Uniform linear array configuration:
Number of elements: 16
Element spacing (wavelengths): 0.5
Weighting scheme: hann
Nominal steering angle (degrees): -45
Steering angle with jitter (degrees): -45.509
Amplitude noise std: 0.05
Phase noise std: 0.05

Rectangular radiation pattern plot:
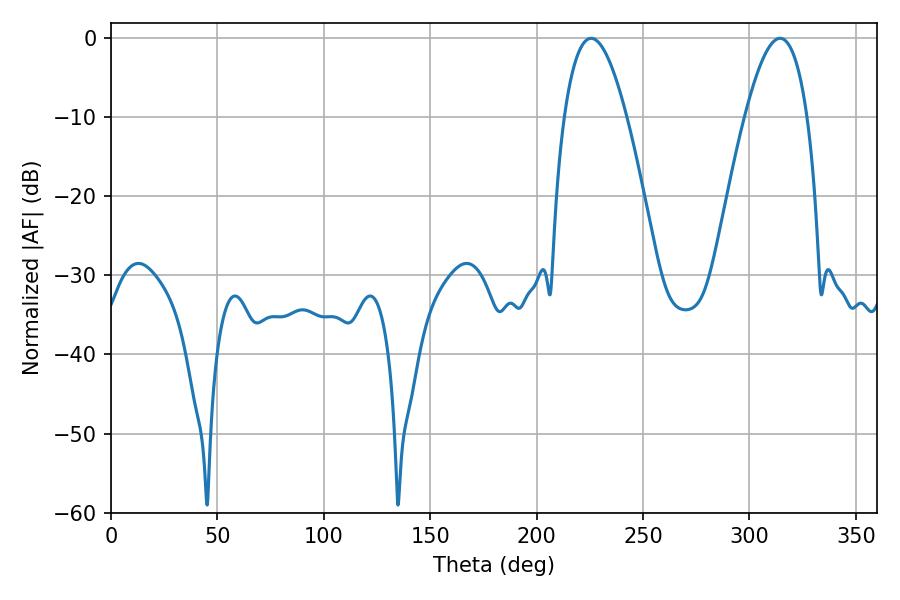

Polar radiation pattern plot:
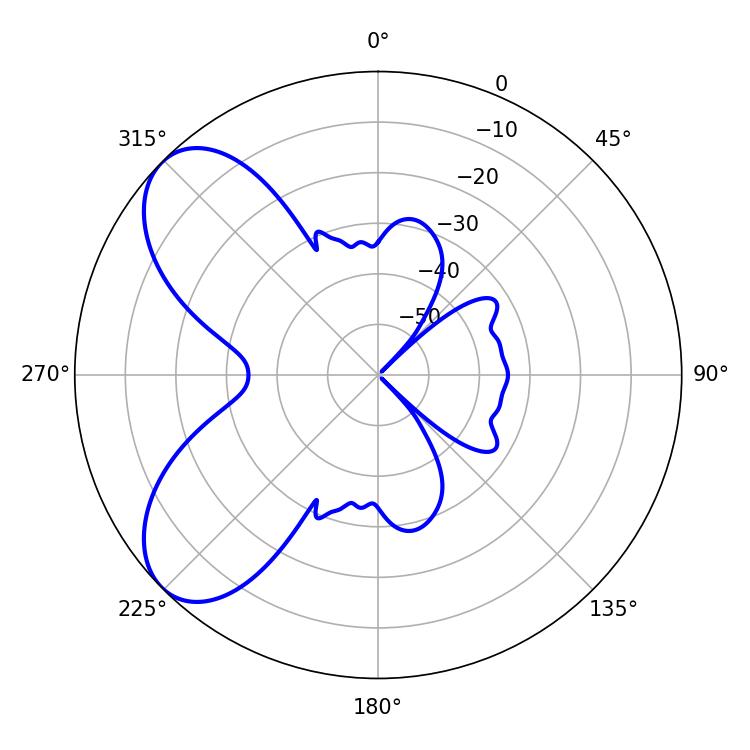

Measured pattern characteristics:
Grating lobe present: FALSE
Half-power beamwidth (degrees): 16.02
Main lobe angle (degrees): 225.54